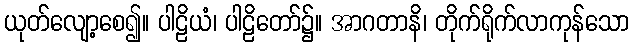
ယုတ်လျော့စေ၍။ ပါဠိယံ၊ ပါဠိတော်၌။ အာဂတာနိ၊ တိုက်ရိုက်လာကုန်သော